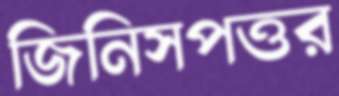
জিনিসপত্তর